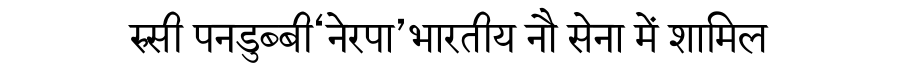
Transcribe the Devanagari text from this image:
रुसी पनडुब्बी‘नेरपा’भारतीय नौ सेना में शामिल